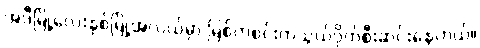
အဲဒီမြို့လေးနှစ်မြို့အလယ်မှာ မြစ်တစင်းကသွယ်ဝိုက်စီးဆင်းနေတယ်။